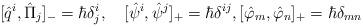
LaTeX: \begin{align*}[\hat q^i,\hat \Pi_j]_{-}=\hbar\delta^i_j,\quad[\hat \psi^i,\hat \psi^j]_{+}=\hbar\delta^{ij},[\hat{\varphi}_m,\hat{\varphi}_n]_{+}=\hbar\delta_{mn}\end{align*}